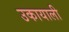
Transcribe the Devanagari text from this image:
उकायाली